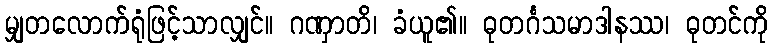
မျှတလောက်ရုံဖြင့်သာလျှင်။ ဂဏှာတိ၊ ခံယူ၏။ ဓုတင်္ဂသမာဒါနဿ၊ ဓုတင်ကို